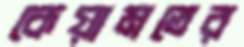
কেয়ামতের